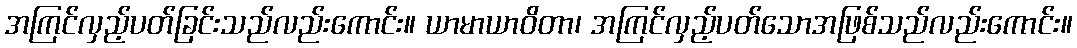
အကြင်လှည့်ပတ်ခြင်းသည်လည်းကောင်း။ ယာမာယာဝိတာ၊ အကြင်လှည့်ပတ်သောအဖြစ်သည်လည်းကောင်း။